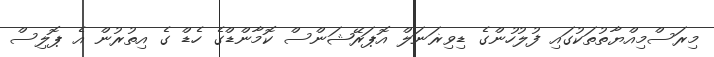
މިރަސްމިއްޔާތުތަކުގައި ފުލުހުންގެ ޑިވިޜަނަލް އޮޕަރޭޝަންސް ކޮމާންޑްގެ ހެޑް ގެ އިތުރުން އެ ޕޮލިސް